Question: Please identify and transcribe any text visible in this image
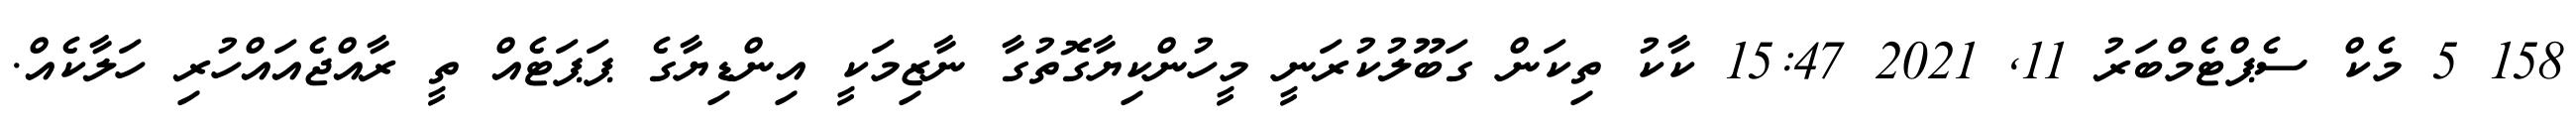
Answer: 158 5 މެކް ސެޕްޓެމްބަރު 11, 2021 15:47 ކާކު ތިކަން ގަބޫލުކުރަނީ މީހުންކިޔާގޮތުގާ ނާޒިމަކީ އިންޑިޔާގެ ޕަޕަޓެއް ތީ ރާއްޖެއައްހުރި ހަލާކެއް.